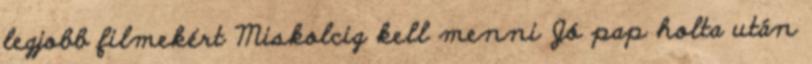
legjobb filmekért Miskolcig kell menni Jó pap holta után